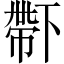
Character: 𠁑